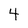
Character: 4